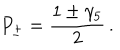
P _ { \pm } = { \frac { 1 \pm \gamma _ { 5 } } { 2 } } \, .